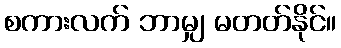
စကားလက် ဘာမျှ မတတ်နိုင်။